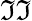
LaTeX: \mathfrak{I}\mathfrak{I}